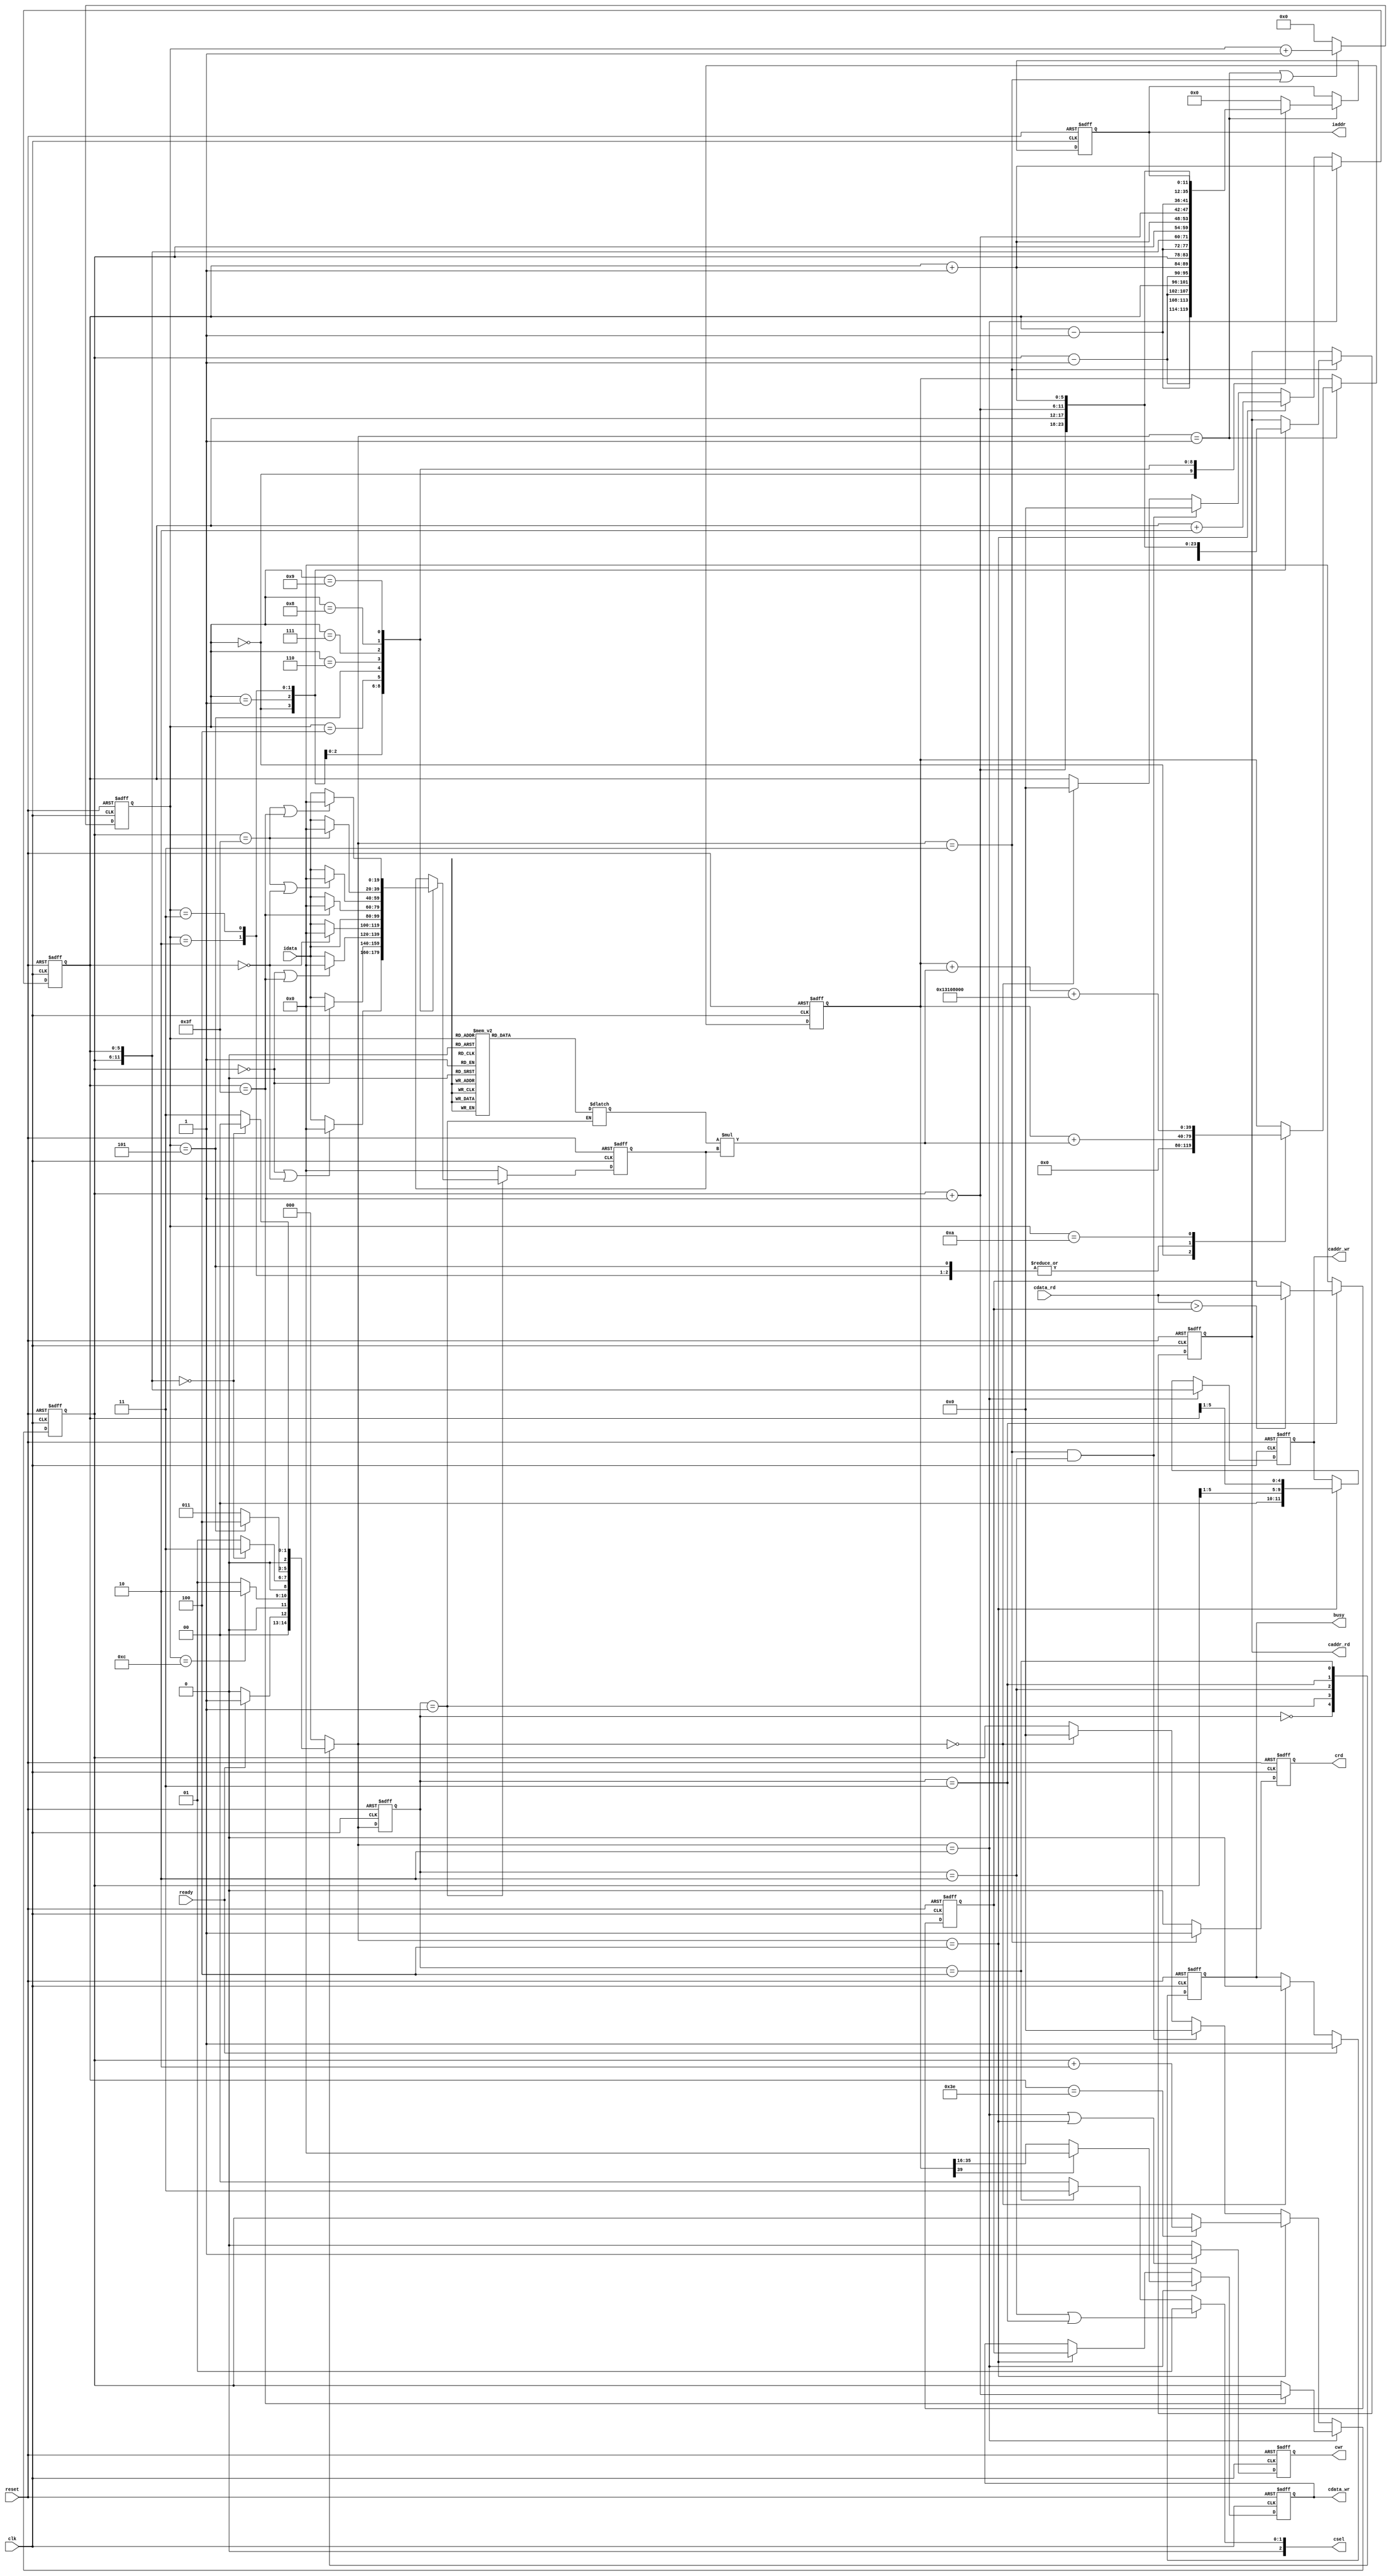
// 553010000 ps

`timescale 1ns/10ps

module  CONV(
	input		        clk,     // posedge
	input		        reset,   // active high asynchronous
	output	reg	        busy,	 // 1->do CONV, 
	input		        ready,	 // 
			
	output	reg [11:0]	iaddr,   // image address, 0~4095
	input	    [19:0]	idata,	 // 4+16 bit, input image
	
	output	reg 	    cwr,     // 1->wirte
	output	reg [11:0] 	caddr_wr,// write CONV result to address
	output	reg [19:0] 	cdata_wr,// write CONV result
	
	output	reg         crd,     // 1->read image
	output	reg [11:0] 	caddr_rd,//
	input	    [19:0] 	cdata_rd,
	
	output	reg [2:0] 	csel
	);

// state
parameter IDLE     = 3'd0,  // idle state, wait to do CONV
          INPUT_F  = 3'd1,  // input feature map state, take 9 clk to CONV
          WRITE_L0 = 3'd2,  // write CONV result to L0_MEM
          READ_L0  = 3'd3,  // read data from L0_MEM, take 4 clk to MaxPooling
          WRITE_L1 = 3'd4;  // write MaxPooling result to L1_MEM

// kernal map
parameter Kernal1 = 20'h0A89E,
          Kernal2 = 20'h092D5,
          Kernal3 = 20'h06D43,
          Kernal4 = 20'h01004,
          Kernal5 = 20'hF8F71,
          Kernal6 = 20'hF6E54,
          Kernal7 = 20'hFA6D7,
          Kernal8 = 20'hFC834,
          Kernal9 = 20'hFAC19,
          BIAS    = 20'h01310;

reg        [2:0]   current_state, next_state;  // FSM state
reg        [5:0]   index_MSB, index_LSB;       // index for kernal
reg        [3:0]   counter;                    // counter for FSM
reg signed [19:0]  input_data;                 // to store input data of image
reg signed [19:0]  kernal_temp;                // to store kernal weight at that moment
reg signed [39:0]  accumulate;                 // to store input_data * kernal_temp
reg signed [19:0]  maximum;                    // to store maximum value for maxpooling

// ===================================================== //
//                         FSM                           //
// ===================================================== //
always @(posedge clk or posedge reset) begin
	if (reset) current_state <= IDLE;
	else current_state <= next_state;
end

always @(*) begin
	case (current_state)
		IDLE:     next_state = (ready)? INPUT_F : IDLE;
		INPUT_F:  next_state = (counter == 4'd12)? WRITE_L0 : INPUT_F;
		WRITE_L0: next_state = ({index_MSB, index_LSB} == 12'd0)? READ_L0 : INPUT_F;
		READ_L0:  next_state = (counter == 4'd5)? WRITE_L1 : READ_L0;
		WRITE_L1: next_state = ({index_MSB, index_LSB} == 12'd0)? IDLE : READ_L0;
		default:  next_state = IDLE;
	endcase
end

// ===================================================== //
//                       counter                         //
// ===================================================== //
always @(posedge clk or posedge reset) begin
	if (reset) counter <= 4'd0;
	else if (next_state == INPUT_F || next_state == READ_L0) counter <= counter + 4'd1;
	else counter <= 4'd0;
end

// ===================================================== //
//                        index                          //
// ===================================================== //
// index_MSB
always @(posedge clk or posedge reset) begin
	if (reset) index_MSB <= 6'd0;
	else if (next_state == WRITE_L0) begin
		if (index_LSB == 6'd63) index_MSB <= index_MSB + 6'd1;
		else index_MSB <= index_MSB;
	end
	else if (next_state == WRITE_L1) begin
		if (index_LSB == 6'd62) index_MSB <= index_MSB + 6'd2;
		else index_MSB <= index_MSB;
	end
	else if (next_state == READ_L0 && current_state == WRITE_L0) begin
		index_MSB <= 6'd0; // CONV done
	end
	else if (next_state == IDLE)begin
		index_MSB <= 6'd0; // Maxpooling done
	end
	else index_MSB <= index_MSB;
end
// index_LSB
always @(posedge clk or posedge reset) begin
	if (reset) begin
		index_LSB <= 6'd0;
	end
	else if (next_state == WRITE_L0) begin
		index_LSB <= index_LSB + 6'd1;
	end
	else if (next_state == WRITE_L1) begin
		index_LSB <= index_LSB + 6'd2;
	end
	else if (next_state == READ_L0 && current_state == WRITE_L0) begin
		index_LSB <= 6'd0; // CONV done
	end
	else if (next_state == IDLE)begin
		index_LSB <= 6'd0; // Maxpooling done
	end
	else begin
		index_LSB <= index_LSB;
	end
		
end


// ===================================================== //
//                         busy                          //
// ===================================================== //
always @(posedge clk or posedge reset) begin
	if (reset) busy <= 1'b0;
	else if (ready) busy <= 1'b1;
	else if(next_state == IDLE) busy <= 1'b0;
	else busy <= busy;
end

// ===================================================== //
//                  csel, cwr, crd                       //
// ===================================================== //
// csel
always @(*) begin
	if (current_state == WRITE_L0 || current_state == READ_L0) csel = 3'b001; // MEM_L0
	else if (current_state == WRITE_L1) csel = 3'b011; // MEM_L1
	else csel = 3'b000; // No select
end

// cwr
always @(posedge clk or posedge reset) begin
	if (reset) cwr <= 1'b0;
	else if (next_state == WRITE_L0 || next_state == WRITE_L1) cwr <= 1'b1;
	else cwr <= 1'b0;
end

// crd
always @(posedge clk or posedge reset) begin
	if (reset) crd <= 1'b0;
	else if (next_state == READ_L0) crd <= 1'b1;
	else crd <= 1'b0;
end

// ===================================================== //
//                  iaddr, idata                         //
// ===================================================== //
// iaddr
always @(posedge clk or posedge reset) begin
	if (reset) iaddr <= 12'd0;
	else if (next_state == INPUT_F) begin
		case (counter)
			4'd0: iaddr <= {index_MSB - 6'd1, index_LSB - 6'd1};
			4'd1: iaddr <= {index_MSB - 6'd1, index_LSB};
			4'd2: iaddr <= {index_MSB - 6'd1, index_LSB + 6'd1};
			4'd3: iaddr <= {index_MSB, index_LSB - 6'd1};
			4'd4: iaddr <= {index_MSB, index_LSB};
			4'd5: iaddr <= {index_MSB, index_LSB + 6'd1};
			4'd6: iaddr <= {index_MSB + 6'd1, index_LSB - 6'd1};
			4'd7: iaddr <= {index_MSB + 6'd1, index_LSB};
			4'd8: iaddr <= {index_MSB + 6'd1, index_LSB + 6'd1};
			4'd9: iaddr <= iaddr;
			default: iaddr <= 12'd0;
		endcase
	end
	else iaddr <= iaddr;
end

// idata (input)
always @(posedge clk or posedge reset) begin
	if (reset) input_data <= 20'd0;
	else if (current_state == INPUT_F) begin
		case (counter)
			4'd1: begin
				if (index_MSB == 6'd0 || index_LSB == 6'd0) input_data <= 20'd0;
				else input_data <= idata;
			end
			4'd2: begin
				if (index_MSB == 6'd0) input_data <= 20'd0;
				else input_data <= idata;
			end
			4'd3: begin
				if (index_MSB == 6'd0 || index_LSB == 6'd63) input_data <= 20'd0;
				else input_data <= idata;
			end
			4'd4: begin
				if (index_LSB == 6'd0) input_data <= 20'd0;
				else input_data <= idata;
			end
			4'd5: begin
				input_data <= idata;
			end
			4'd6: begin
				if (index_LSB == 6'd63) input_data <= 20'd0;
				else input_data <= idata;
			end
			4'd7: begin
				if (index_MSB == 6'd63 || index_LSB == 6'd0) input_data <= 20'd0;
				else input_data <= idata;
			end
			4'd8: begin
				if (index_MSB == 6'd63) input_data <= 20'd0;
				else input_data <= idata;
			end
			4'd9: begin
				if (index_MSB == 6'd63 || index_LSB == 6'd63) input_data <= 20'd0;
				else input_data <= idata;
			end
			default input_data <= input_data;
		endcase
	end
	else input_data <= 20'd0;
end

// ===================================================== //
//                    CONV circuit                       //
// ===================================================== //
always @(*) begin
	if (current_state == INPUT_F) begin
		case (counter)
			4'd2:  kernal_temp <= Kernal1;
			4'd3:  kernal_temp <= Kernal2;
			4'd4:  kernal_temp <= Kernal3;
			4'd5:  kernal_temp <= Kernal4;
			4'd6:  kernal_temp <= Kernal5;
			4'd7:  kernal_temp <= Kernal6;
			4'd8:  kernal_temp <= Kernal7;
			4'd9:  kernal_temp <= Kernal8;
			4'd10: kernal_temp <= Kernal9;
			default: kernal_temp <= Kernal1;
		endcase
	end
	else kernal_temp <= kernal_temp;
end

wire signed [39:0] product; // to store kernal_temp * input_data
assign product = kernal_temp * input_data;

always @(posedge clk or posedge reset) begin
	if (reset) accumulate <= 40'd0;
	else if (next_state == INPUT_F) begin
			case (counter)
				4'd0: accumulate <= 40'd0;
				4'd2: accumulate <= accumulate + product;
				4'd3: accumulate <= accumulate + product;
				4'd4: accumulate <= accumulate + product;
				4'd5: accumulate <= accumulate + product;
				4'd6: accumulate <= accumulate + product;
				4'd7: accumulate <= accumulate + product;
				4'd8: accumulate <= accumulate + product;
				4'd9: accumulate <= accumulate + product;
				4'd10: accumulate <= accumulate + product + {4'd0, BIAS, 16'h8000}; // add bias for last kernal, "8000" mean rounding
				default: accumulate <= accumulate;
			endcase
	end
end

// ===================================================== //
//                  Maxpooling circuit                   //
// ===================================================== //
always @(posedge clk or posedge reset) begin
	if (reset) maximum <= 20'd0;
	else if (current_state == READ_L0) begin
		if (cdata_rd > maximum) maximum <= cdata_rd;
		else maximum <= maximum;
	end
	else maximum <= 20'd0;
end


// ===================================================== //
//                 cdata_wr, caddr_wr                    //
// ===================================================== //
// cdata_wr
always @(posedge clk or posedge reset) begin
	if (reset) cdata_wr <= 20'd0;
	// CONV
	else if (next_state == WRITE_L0) begin
		if (accumulate[39]) cdata_wr <= 20'd0;  // ReLU
		else cdata_wr <= accumulate[35:16];
	end
	// Maxpooling
	else if (next_state == WRITE_L1) begin
		cdata_wr <= maximum;
	end
	else cdata_wr <= cdata_wr;
end

// caddr_wr
always @(posedge clk or posedge reset) begin
		if (reset) caddr_wr <= 12'd0;
		// CONV
		else if (next_state == WRITE_L0) begin
			caddr_wr <= {index_MSB, index_LSB};
		end
		// Maxpooling
		else if (next_state == WRITE_L1) begin
			caddr_wr <= {2'd0, index_MSB[5:1], index_LSB[5:1]};
		end
		else caddr_wr <= caddr_wr;
end



// ===================================================== //
//                     caddr_rd                          //
// ===================================================== //
always @(posedge clk or posedge reset) begin
	if (reset) caddr_rd <= 12'd0;
	else if (next_state == READ_L0) begin
		case (counter)
			4'd0: caddr_rd <= {index_MSB, index_LSB};
			4'd1: caddr_rd <= {index_MSB, index_LSB + 6'd1};
			4'd2: caddr_rd <= {index_MSB + 6'd1, index_LSB};
			4'd3: caddr_rd <= {index_MSB + 6'd1, index_LSB + 6'd1};
			default: caddr_rd <= caddr_rd;
		endcase
	end
	else caddr_rd <= caddr_rd;
end

endmodule